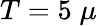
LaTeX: T=5\; \mu